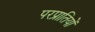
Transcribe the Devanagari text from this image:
परप्रातियों